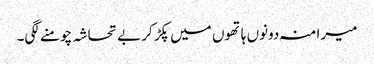
میرا منہ دونوں ہاتھوں میں پکڑ کر بے تحاشہ چومنے لگی۔